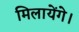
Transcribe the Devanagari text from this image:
मिलायेंगे।